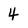
Character: 4